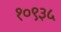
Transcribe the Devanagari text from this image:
१०९३५